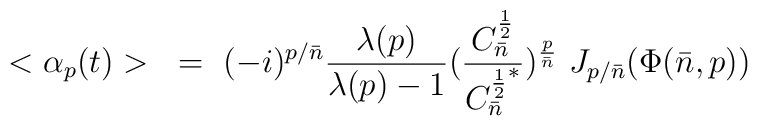
<\alpha_p(t)>~={}~(-i)^{p/{\bar n}}{\lambda(p)\over \lambda(p)-1}({C^{1\over 2}_{\bar n}\over {C^{1\over 2}_{\bar n}}^*})^{{p\over \bar n}}~J_{p/{\bar n}} (\Phi({\bar n},p))